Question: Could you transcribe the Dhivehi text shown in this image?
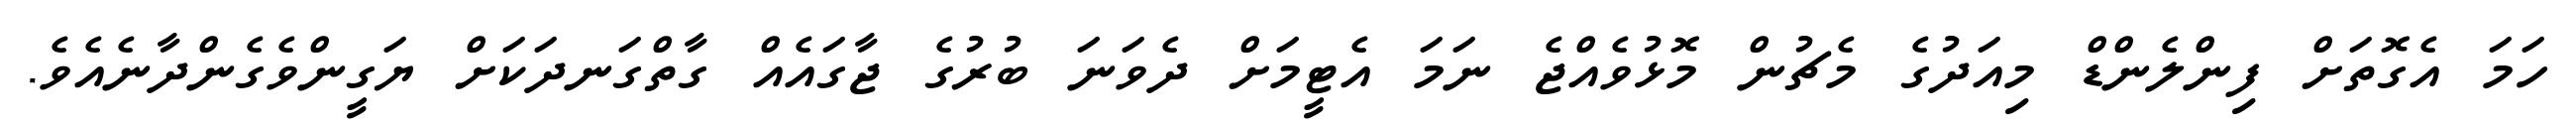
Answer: ހަމަ އެގޮތަށް ފިންލެންޑް މިއަދުގެ މެޗުން މޮޅުވެއްޖެ ނަމަ އެޓީމަށް ދެވަނަ ބުރުގެ ޖާގައެއް ގާތްގަނދަކަށް ޔަގީންވެގެންދާނެއެވެ.